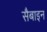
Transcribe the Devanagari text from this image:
सैबाइन